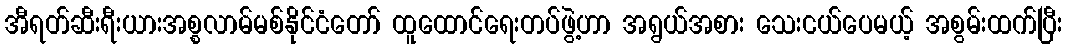
အီရတ်ဆီးရီးယားအစ္စလာမ်မစ်နိုင်ငံတော် ထူထောင်ရေးတပ်ဖွဲ့ဟာ အရွယ်အစား သေးငယ်ပေမယ့် အစွမ်းထက်ပြီး